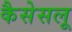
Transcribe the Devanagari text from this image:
कैसेसलू